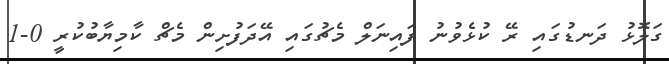
ގަލޮޅު ދަނޑުގައި ރޭ ކުޅެވުނު ފައިނަލް މެޗުގައި އޭދަފުށިން މެޗް ކާމިޔާބުކުރީ 0-1